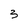
Character: 3